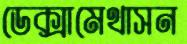
ডেক্সামেথাসন